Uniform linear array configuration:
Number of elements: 32
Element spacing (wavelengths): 0.25
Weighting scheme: exponential
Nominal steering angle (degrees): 30
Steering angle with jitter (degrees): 31.508
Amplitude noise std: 0.05
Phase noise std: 0.05

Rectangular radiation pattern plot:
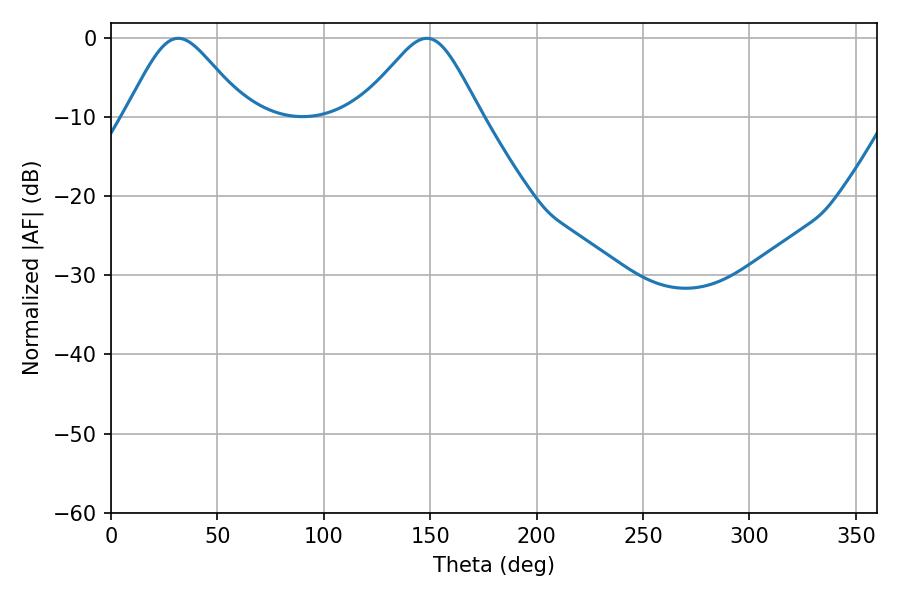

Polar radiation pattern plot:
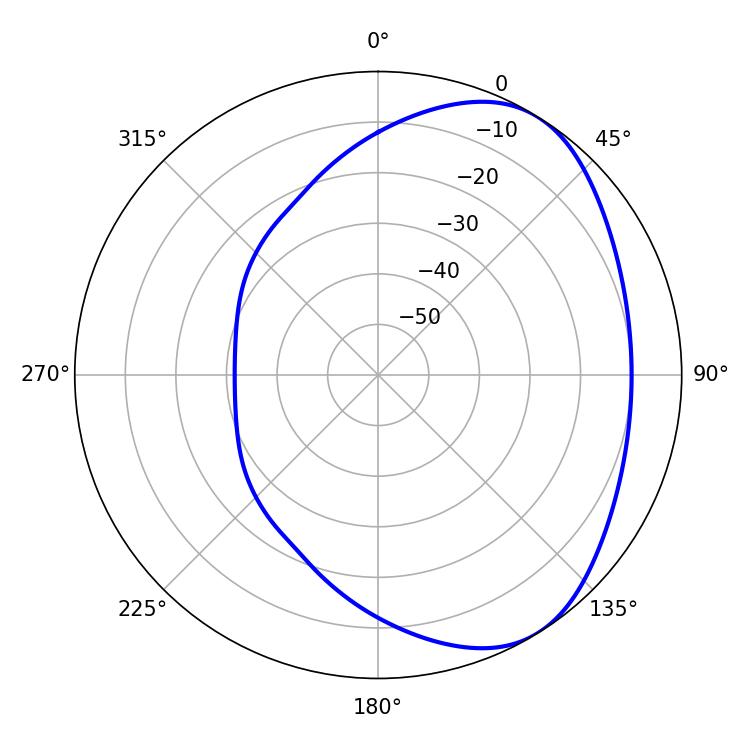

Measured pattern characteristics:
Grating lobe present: FALSE
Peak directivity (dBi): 4.603
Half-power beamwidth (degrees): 27.72
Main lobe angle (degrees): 31.68